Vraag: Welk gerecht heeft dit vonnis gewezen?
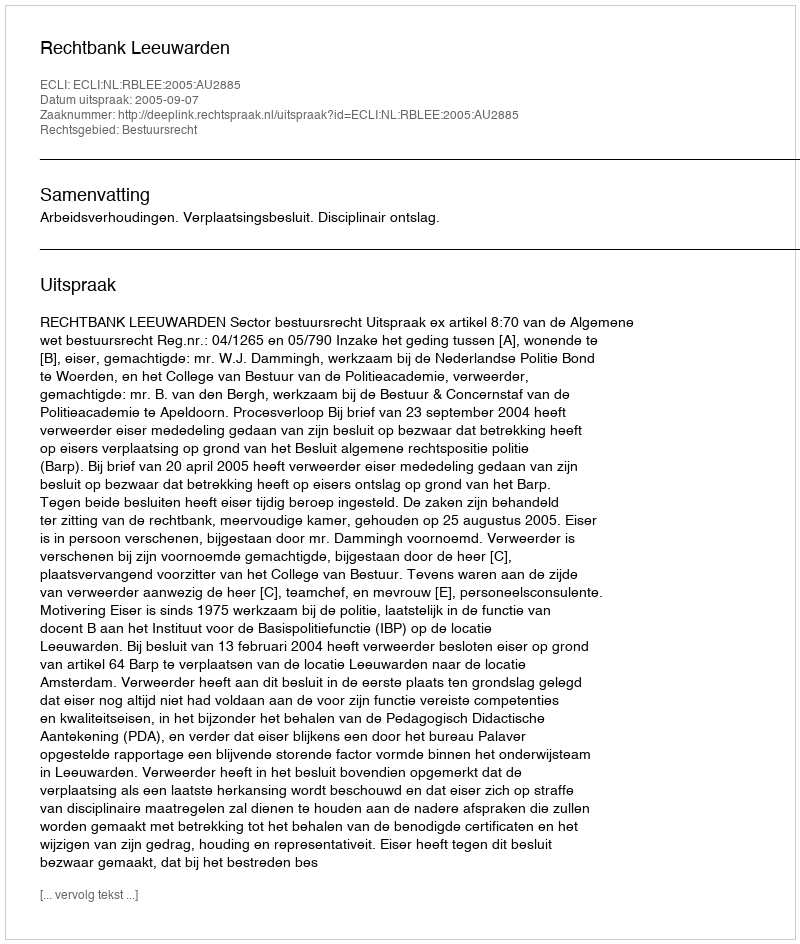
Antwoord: Rechtbank Leeuwarden